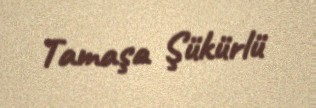
Tamaşa Şükürlü